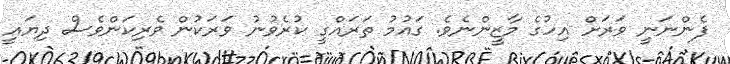
ފެންނަނީ ވަރަށް އިހުގެ މާޒީންނެވެ. ގައުމު ތަރައްގީ ކުރެވުނު ވަރަކުން ވެރިކަންވެސް ދިޔައީ